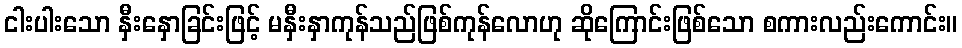
ငါးပါးသော နှီးနှောခြင်းဖြင့် မနှီးနှာကုန်သည်ဖြစ်ကုန်လောဟု ဆိုကြောင်းဖြစ်သော စကားလည်းကောင်း။